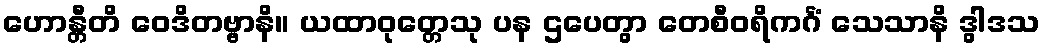
ဟောန္တီတိ ဝေဒိတဗ္ဗာနိ။ ယထာဝုတ္တေသု ပန ဌပေတွာ တေစီဝရိကင်္ဂံ သေသာနိ ဒွါဒသ